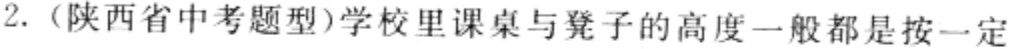
2.（陕西省中考题型）学校里课桌与凳子的高度一般都是按一定